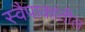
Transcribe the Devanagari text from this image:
स्वैपाकांतील